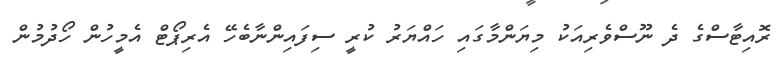
ރޮއިޓާސްގެ ދެ ނޫސްވެރިއަކު މިޔަންމާގައި ހައްޔަރު ކުރީ ސިފައިންނާބެހޭ އެރިޕޯޓް އެމީހުން ހޯދުމުން